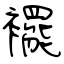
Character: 襬